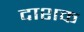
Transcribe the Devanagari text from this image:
दाशक